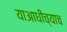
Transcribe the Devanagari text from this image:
याआधीच्याच